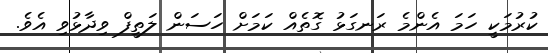
ކުރުމަކީ ހަމަ އެންމެ ރަނގަޅު ގޮތެއް ކަމަށް ހަސަން ލަތީފް ވިދާޅުވި އެވެ.